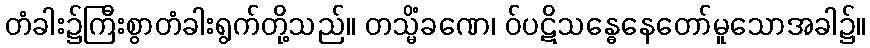
တံခါး၌ကြီးစွာတံခါးရွက်တို့သည်။ တသ္မိံခဏေ၊ ဝ်ပဋိသန္ဓေနေတော်မူသောအခါ၌။